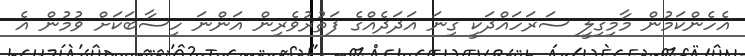
އެހެންކަމުން މާމިގިލީ ސަރަހައްދަކީ ގިނަ އަދަދެއްގެ ފަތުރުވެރިން އަންނަ ހިސާބަކަށް ވުމުން އެ